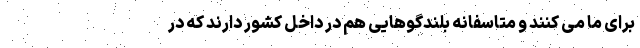
برای ما می کنند و متاسفانه بلندگوهایی هم در داخل کشور دارند که در